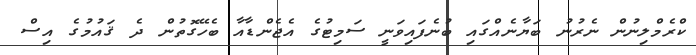
ކްރެމްލިނުން ނެރުނު ބަޔާނެއްގައި ބުނެފައިވަނީ ސަމިޓުގެ އެޖެންޑާއާ ބެހޭގޮތުން ދެ ޤައުމުގެ އިސް